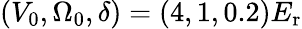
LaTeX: (V_{0},\Omega_{0},\delta)=(4,1,0.2)E_{\mathrm{{r}}}